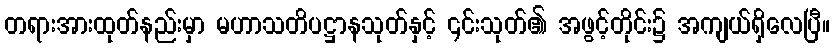
တရားအားထုတ်နည်းမှာ မဟာသတိပဋ္ဌာနသုတ်နှင့် ၎င်းသုတ်၏ အဖွင့်တိုင်း၌ အကျယ်ရှိလေပြီ။